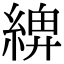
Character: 𦂖